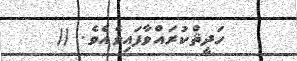
ހަދީޘްކުރައްވާފައިވެއެވެ. ((